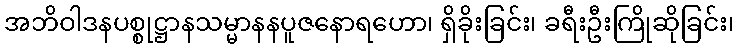
အဘိဝါဒနပစ္စုဋ္ဌာနသမ္မာနနပူဇနောရဟော၊ ရှိခိုးခြင်း၊ ခရီးဦးကြိုဆိုခြင်း၊